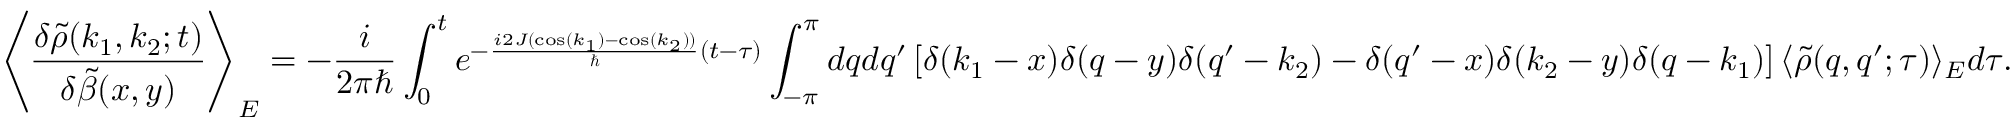
\left\langle \frac { \delta \tilde { \rho } ( k _ { 1 } , k _ { 2 } ; t ) } { \delta \tilde { \beta } ( x , y ) } \right\rangle _ { E } = - \frac { i } { 2 \pi \hbar } \int _ { 0 } ^ { t } e ^ { - \frac { i 2 J ( \cos ( k _ { 1 } ) - \cos ( k _ { 2 } ) ) } { \hbar } ( t - \tau ) } \int _ { - \pi } ^ { \pi } d q d q ^ { \prime } \left[ \delta ( k _ { 1 } - x ) \delta ( q - y ) \delta ( q ^ { \prime } - k _ { 2 } ) - \delta ( q ^ { \prime } - x ) \delta ( k _ { 2 } - y ) \delta ( q - k _ { 1 } ) \right] \langle \tilde { \rho } ( q , q ^ { \prime } ; \tau ) \rangle _ { E } d \tau .